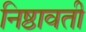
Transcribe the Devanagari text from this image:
निष्ठावती